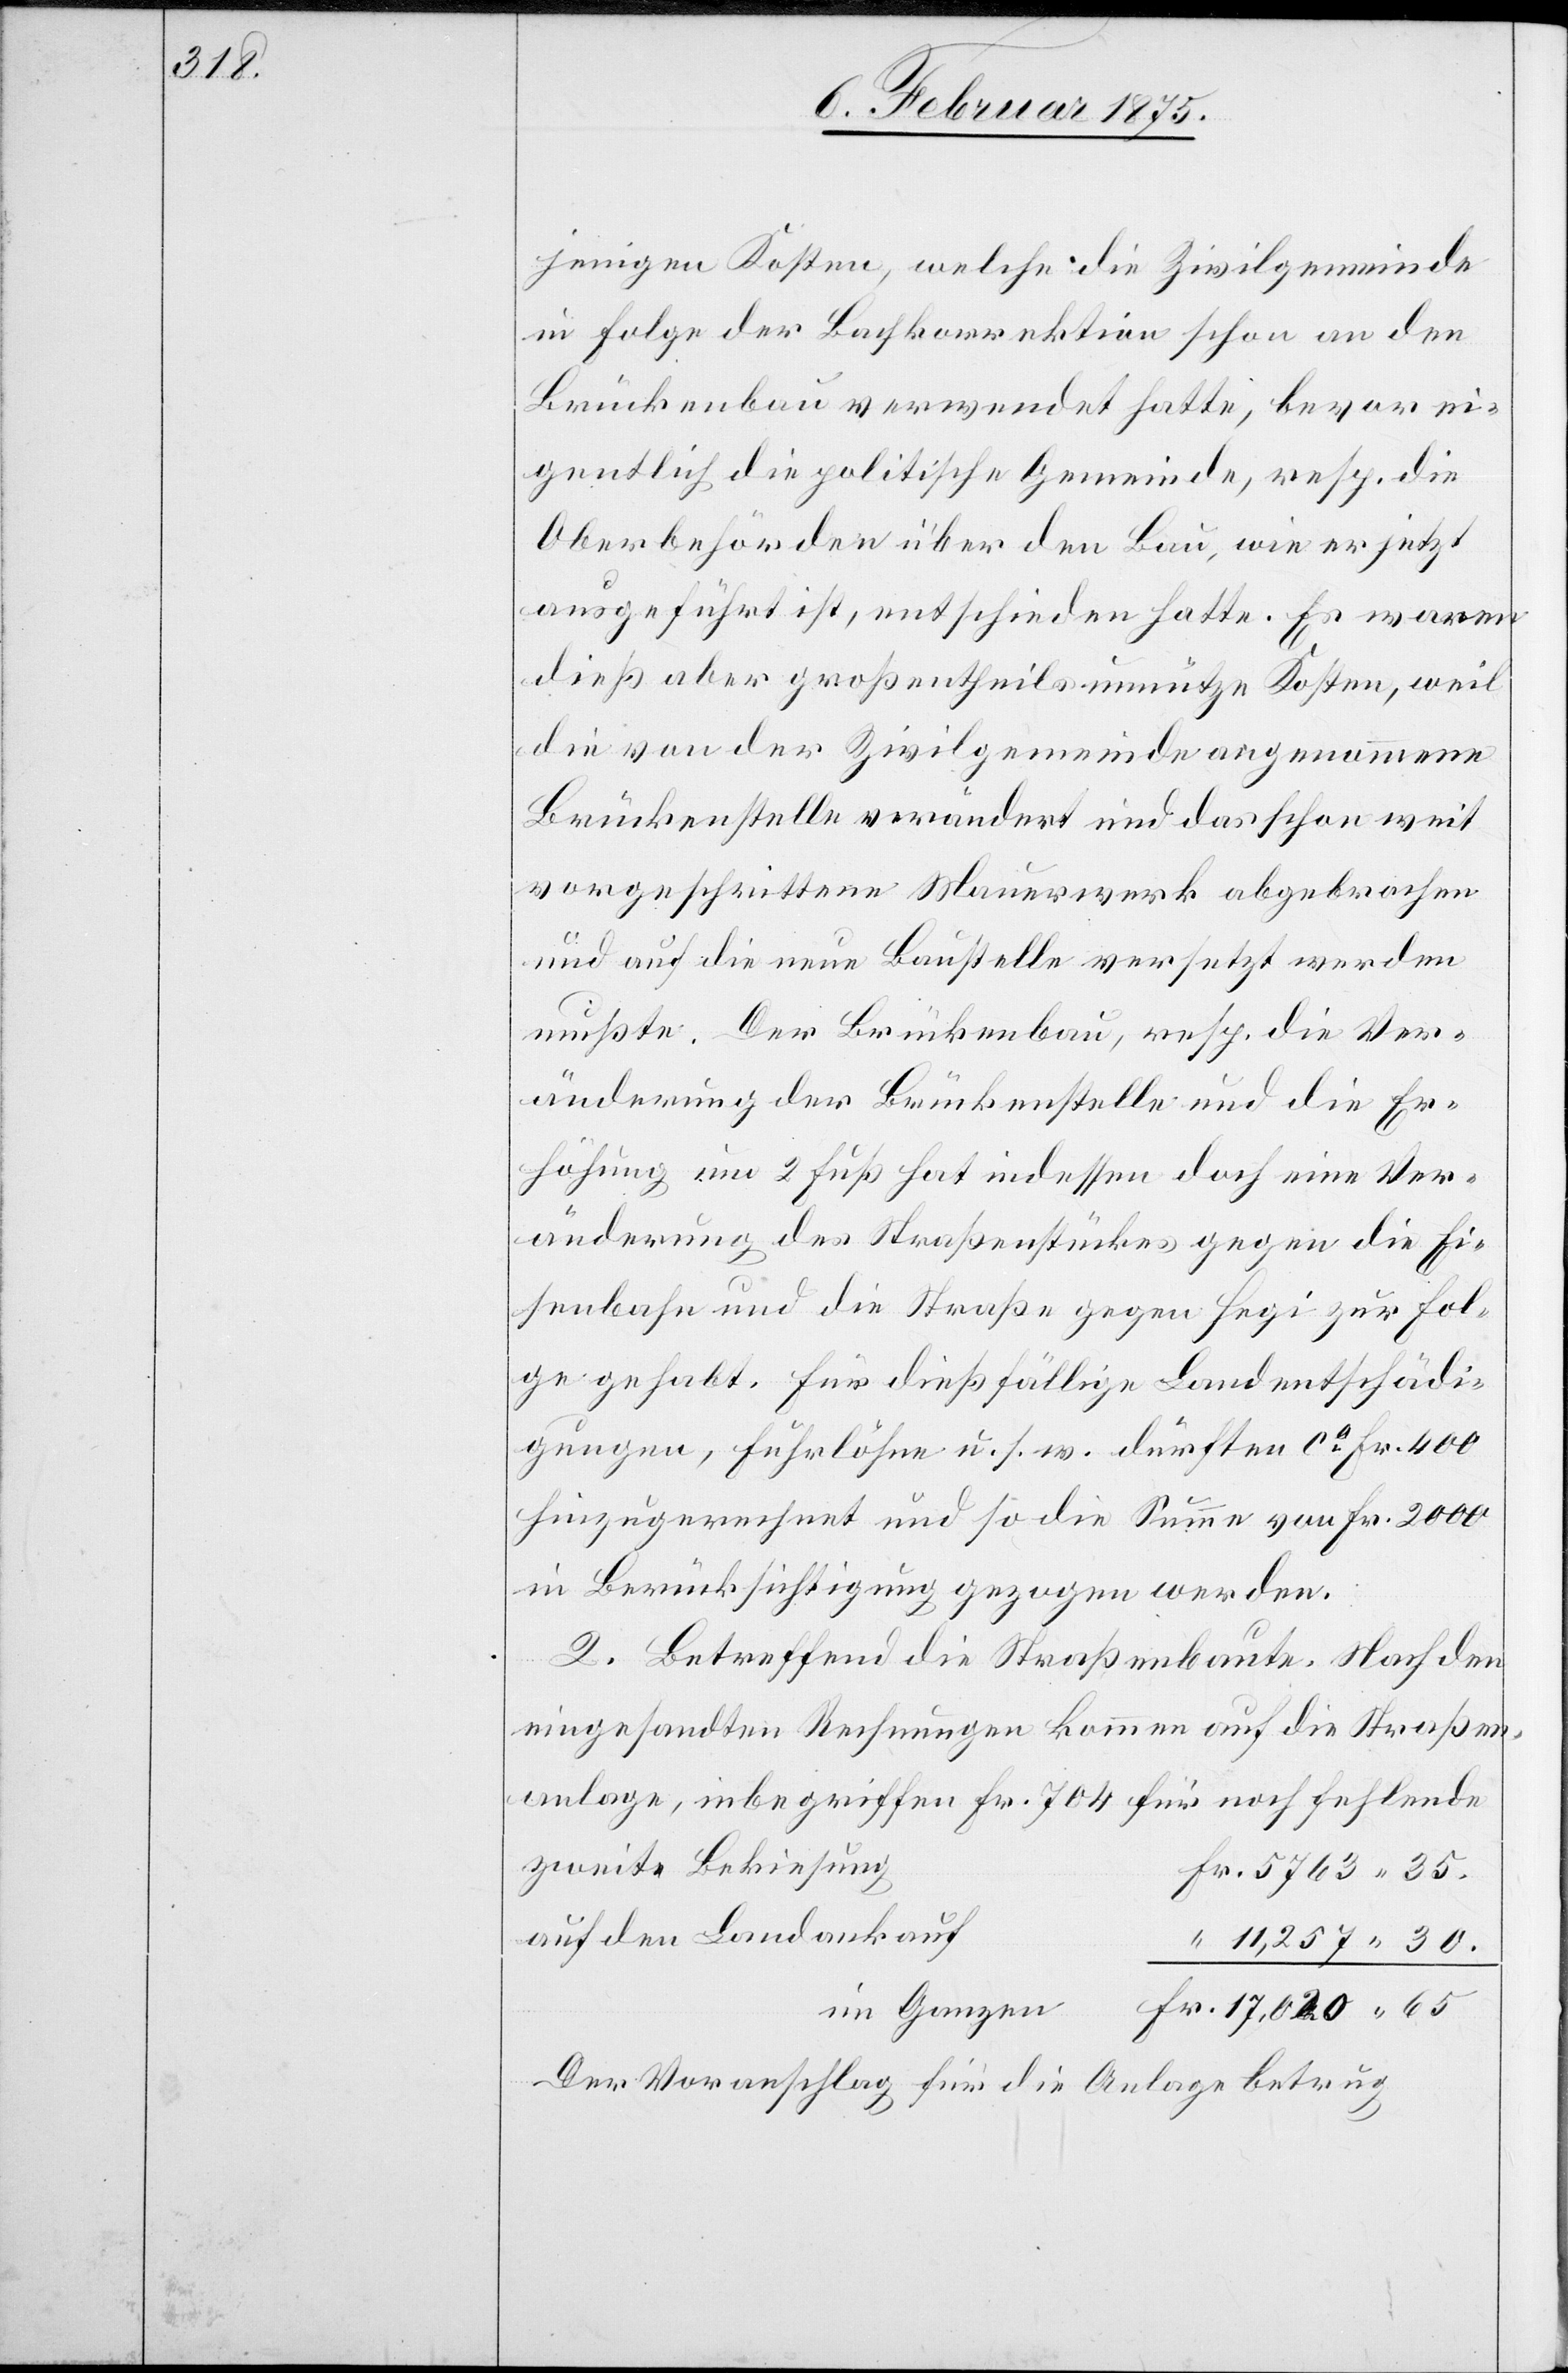
30.

jenigen Kosten, welche die Zivilgemeinde
in Folge der Bachkorrektion schon an den
Brückenbau verwendet hatte, bevor ei¬
gentlich die politische Gemeinde, resp. die
Oberbehörde über den Bau, wie er jetzt
ausgeführt ist, entschieden hatte. Es waren
dieß aber großtentheils [sic!] unnütze Kosten, weil
die von der Zivilgemeinde angenommene
Brückenstelle verändert und das schon weit
vorgeschrittene Mauerwerk abgebrochen
und auf die neue Baustelle versetzt werden
mußte. Der Brückenbau, resp. die Ver¬
änderung der Brückenstelle und die Er¬
höhung um 2 Fuß hat indessen doch eine Ver¬
änderung des Straßenstückes gegen die Ei¬
senbahn und die Straße gegen Hegi zur Fol¬
ge gehabt. Für diesfällige Landentschädi¬
gungen, Fuhrlöhne u. s. w. dürften ca Fr. 400
hinzugerechnet und so die Summe von Fr. 2000
in Berücksichtigung gezogen werden.
2. Betreffend die Straßenbaute. Nach den
eingesandten Rechnungen kommen auf die Straßen¬
anlage, inbegriffen Fr. 704 für noch fehlende
zweite Bekiesung
auf den Landankauf
Der Voranschlag für die Anlage betrug